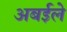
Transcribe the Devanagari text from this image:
अबईले